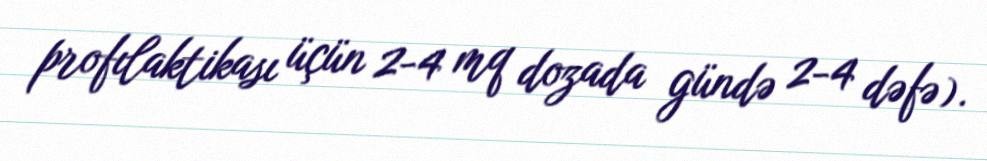
profılaktikası üçün 2-4 mq dozada gündə 2-4 dəfə).